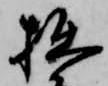
拙